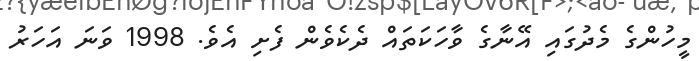
މީހުންގެ މެދުގައި އޭނާގެ ވާހަކަތައް ދެކެވެން ފެށި އެވެ. 1998 ވަނަ އަހަރު